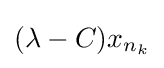
(\lambda -C)x_{n_{k}}